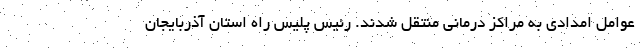
عوامل امدادی به مراکز درمانی منتقل شدند. رئیس پلیس راه استان آذربایجان